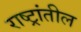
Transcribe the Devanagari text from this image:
राष्ट्रांतील